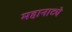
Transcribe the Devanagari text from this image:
महानाट्ये